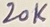
Text: 20K